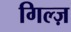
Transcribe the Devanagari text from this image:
गिल्ज़